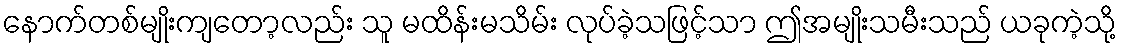
နောက်တစ်မျိုးကျတော့လည်း သူ မထိန်းမသိမ်း လုပ်ခဲ့သဖြင့်သာ ဤအမျိုးသမီးသည် ယခုကဲ့သို့